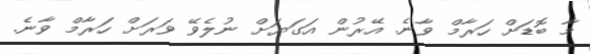
މާ ބޮޑަށް ހަރާމް ވާނެ. އޭރުން އަގަޔަށް ނުލެވޭ ވަރަށް ހަރާމް ވާނެ.